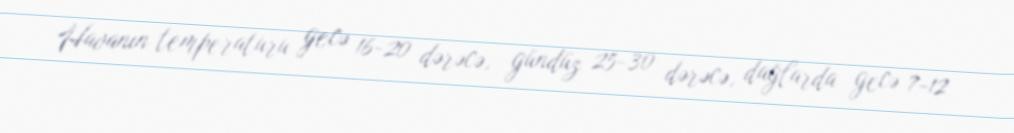
Havanın temperaturu gecə 16-20 dərəcə, gündüz 25-30 dərəcə, dağlarda gecə 7-12